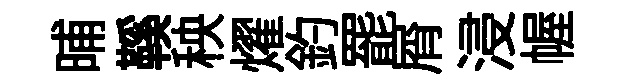
晡鞵秧燿釣罷屑浸幄